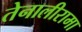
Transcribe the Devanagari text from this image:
तेनालीरामा